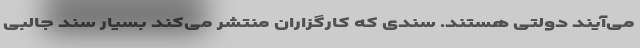
می‌آیند دولتی هستند. سندی که کارگزاران منتشر می‌کند بسیار سند جالبی